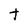
Character: t